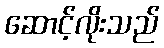
ဆောင့်လိုးသည်